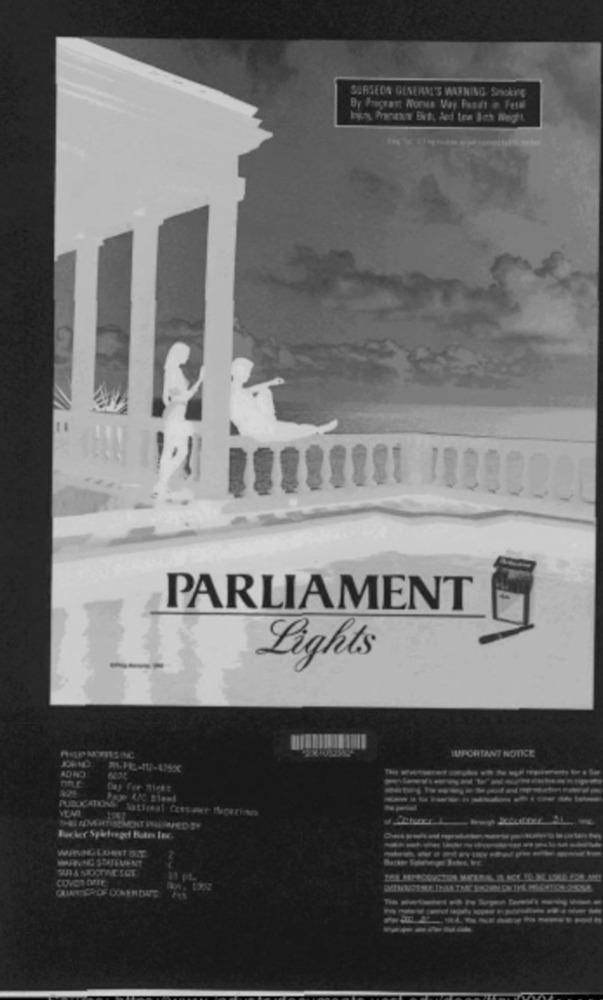
SURSEON GENERAL'S WARNING Snookie
By Progrant Norwe Vay Puszt e Fetal
lyx Mar Bit, Jed ten Ich Weight
PARLIAMENT
-
--
Lights
HIPMOMIS INC
UPORTANT NOTICE
ADHD
De Fer Miett
------------
PUBLICATIONET Satteral Cessar Norinn
Rucher Spielveget Butes IEC
WARP NG STATEMENT
CONVON CUTE
------
-----